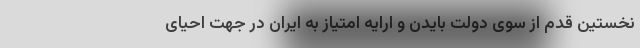
نخستین قدم از سوی دولت بایدن و ارایه امتیاز به ایران در جهت احیای